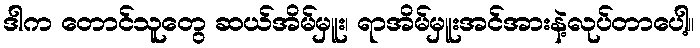
ဒါက တောင်သူတွေ ဆယ်အိမ်မှူး၊ ရာအိမ်မှူးအင်အားနဲ့လုပ်တာပေါ့။